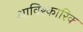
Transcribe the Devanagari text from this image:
आविश्कारिक